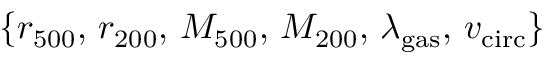
\{ r _ { 5 0 0 } , \, r _ { 2 0 0 } , \, M _ { 5 0 0 } , \, M _ { 2 0 0 } , \, \lambda _ { \mathrm { g a s } } , \, v _ { \mathrm { c i r c } } \}